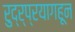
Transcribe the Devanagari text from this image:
रुद्र्प्रयागहून